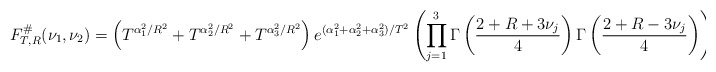
\begin{align*}F^{\#}_{T,R}(\nu_1, \nu_2) = \left( T^{\alpha_1^2/R^2} + T^{\alpha_2^2/R^2} + T^{\alpha_3^2/R^2} \right) e^{(\alpha_1^2 + \alpha_2^2 + \alpha_3^2)/T^2} \left(\prod \limits_{j=1}^3 \Gamma\left(\frac{2+R+3\nu_j}{4} \right) \Gamma\left(\frac{2+R-3\nu_j}{4} \right) \right).\end{align*}